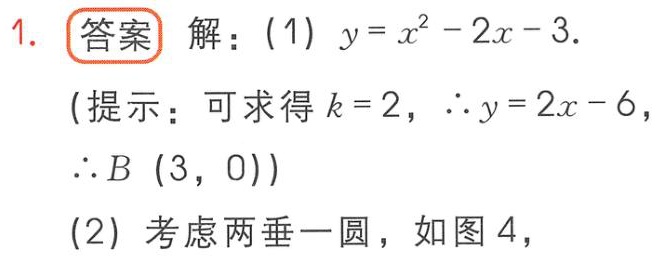
1. 答案 解：(1) \(y = x^{2}-2x - 3\).

(提示：可求得 \(k = 2\)，\(\therefore y = 2x - 6\)，

\(\therefore B(3,0)\))

(2) 考虑两垂一圆，如图 4，